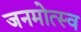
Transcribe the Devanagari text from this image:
जनमोत्स्व